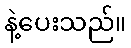
နဲ့ပေးသည်။